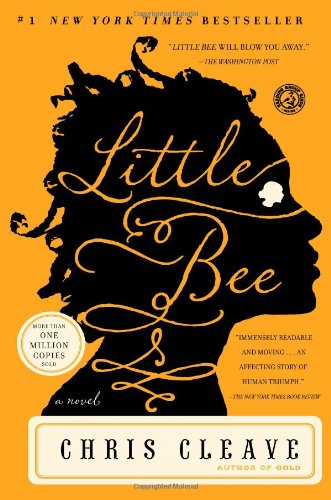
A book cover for Little Bee: A Novel; Chris Cleave; Literature & Fiction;